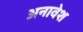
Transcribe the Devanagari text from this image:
अनावेश